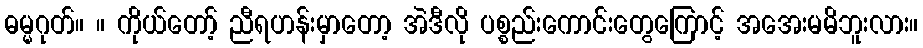
ဓမ္မဂုတ်။ ။ ကိုယ်တော့် ညီရဟန်းမှာတော့ အဲဒီလို ပစ္စည်းကောင်းတွေကြောင့် အအေးမမိဘူးလား။